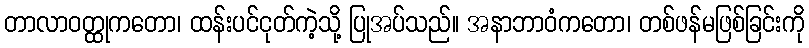
တာလာဝတ္ထုကတော၊ ထန်းပင်ငုတ်ကဲ့သို့ ပြုအပ်သည်။ အနာဘာဝံကတော၊ တစ်ဖန်မဖြစ်ခြင်းကို